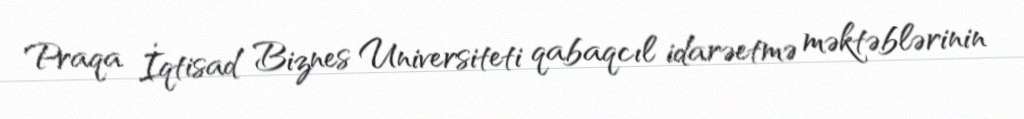
Praqa İqtisad Biznes Universiteti qabaqcıl idarəetmə məktəblərinin